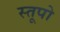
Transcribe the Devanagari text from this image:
स्‍तूपो